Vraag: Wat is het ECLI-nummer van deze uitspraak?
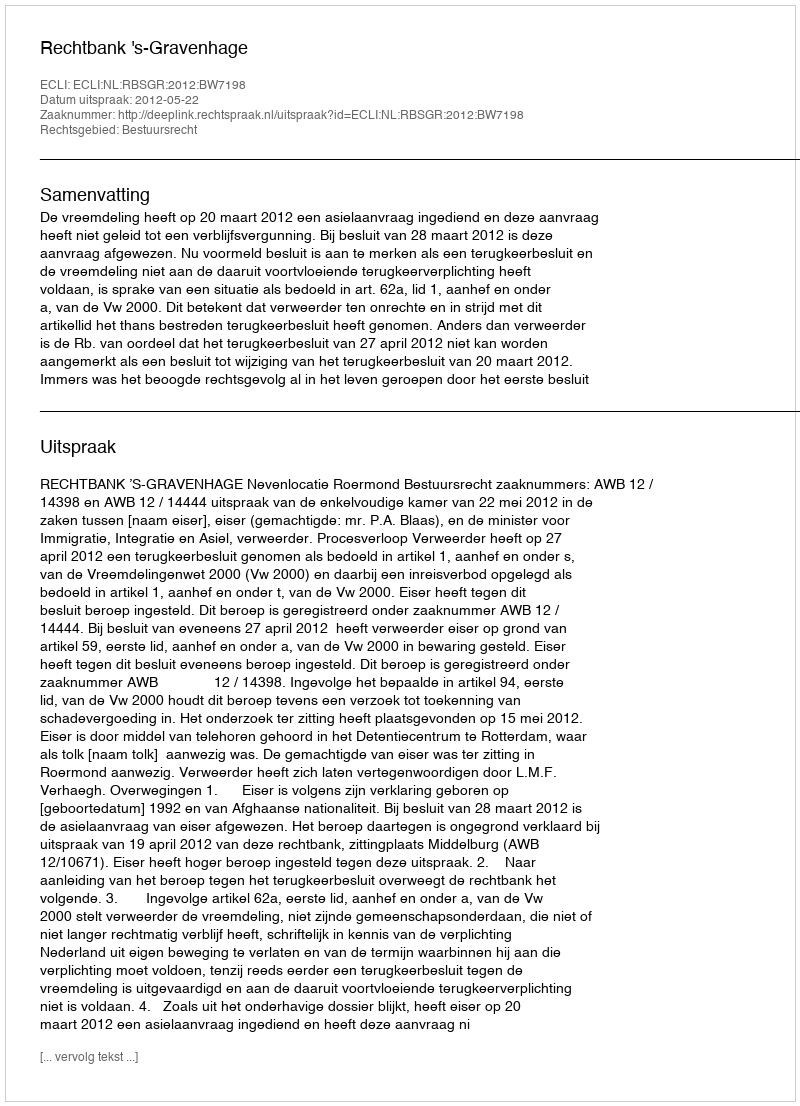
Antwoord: ECLI:NL:RBSGR:2012:BW7198